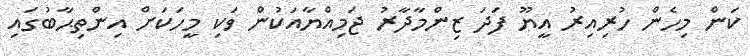
ކަން މިހެން ހުރިއިރު އީޔޫ ފަދަ ޒިންމާދާރު ޖަމިއްޔާއަކުން ވަކި މީހަކަށް އިންތިޙާބުގައި